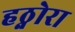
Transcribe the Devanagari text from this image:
हठ्नोरा